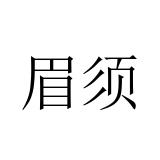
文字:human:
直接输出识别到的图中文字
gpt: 眉须